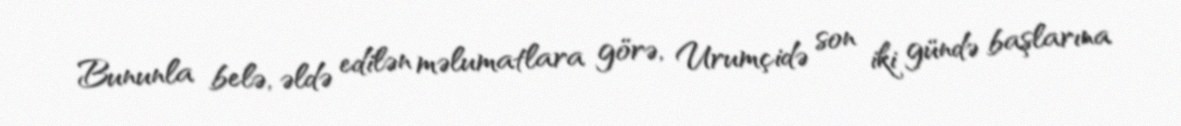
Bununla belə, əldə edilən məlumatlara görə, Urumçidə son iki gündə başlarına